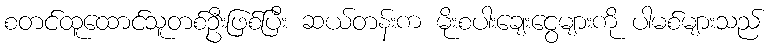
စတင်ထူထောင်သူတစ်ဦးဖြစ်ပြီး ဆယ်တန်းက မိုးစပါးချေးငွေများကို ပါမစ်များသည်